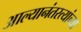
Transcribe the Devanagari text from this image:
आल्यानंतरत्यांच्या